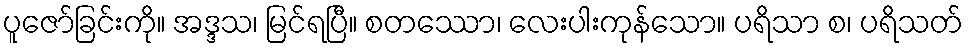
ပူဇော်ခြင်းကို။ အဒ္ဒသ၊ မြင်ရပြီ။ စတဿော၊ လေးပါးကုန်သော။ ပရိသာ စ၊ ပရိသတ်